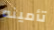
تأمينه